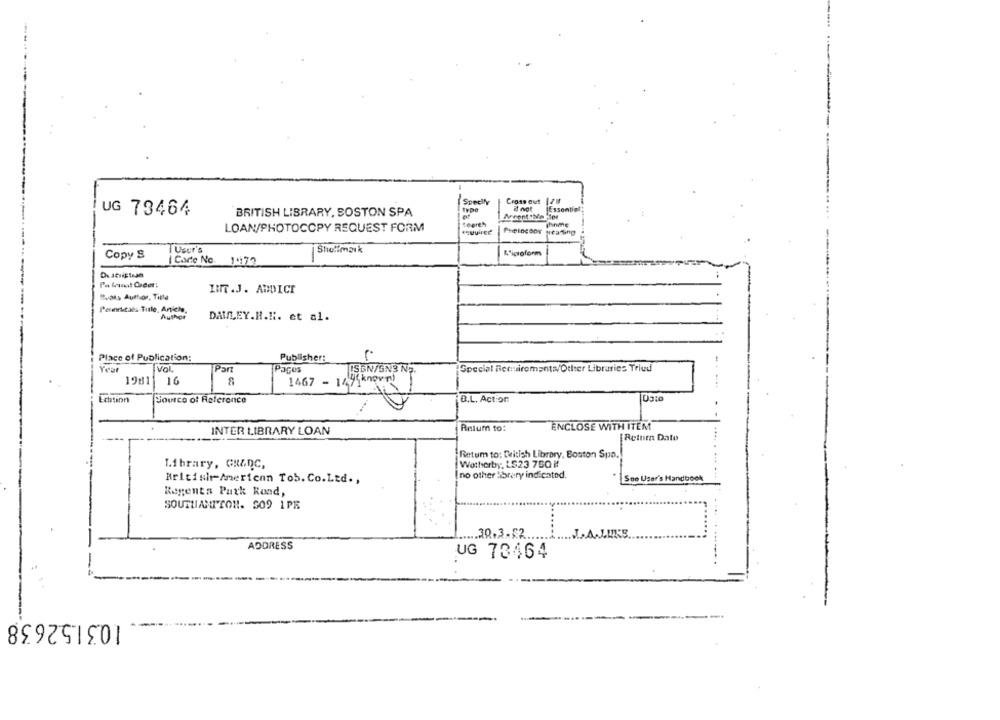
Specify
Cross out 1/11
Essential
UG 79464
BRITISH LIBRARY, BOSTON SPA
Thinme
LOAN/PHOTOCOPY REQUEST FORM
TUser's
Shoffmank
L'icioform
Copy S
[ Care No. 1470
De stripteJe
På truut Coder:
Raks Author, Title
IMT .J. AMICI
Peterticals Title, Antiche,
Author
DAILEY.R.N. et al.
Place of Publication:
Publisher:
Year
Vol
Part
Pages
ISBN/GN3 N5.
Special Requirements/Other Libraries Tried
1981
16
Echtion
Source of Reference
B.L. Action
INTER LIBRARY LOAN
Retur to:
ENCLOSE WITH ITEM
[Return Dato
Retum to: British Library, Boston Spa.
Library, GRADC,
Wotherby, LS23 700 ₺!
no other library indicated.
Britishr-American Tob. Co.Ltd .,
Ste User's Handbook
Regents Park Rand,
SOUTUANITON. 309 1PR
.30.3.2 ...
ADDRESS
UG 73464
1031.52638